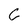
Character: 6